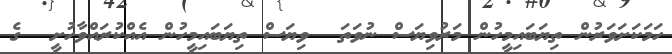
ހަމަކަށަވަރުން ތިޔަބައިމީހުން މަރުވިޔަސް ނުވަތަ  ވިޔަސް ތިޔަބައިމީހުން އެއްކުރައްވާހުށީ  ގެ